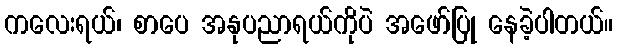
ကလေးရယ်၊ စာပေ အနုပညာရယ်ကိုပဲ အဖော်ပြု နေခဲ့ပါတယ်။